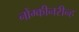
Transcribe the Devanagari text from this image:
नोंग्कीनरीन्ह